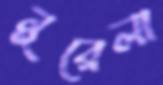
নুরেলা